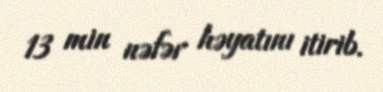
13 min nəfər həyatını itirib.